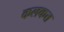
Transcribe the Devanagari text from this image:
कलकत्त